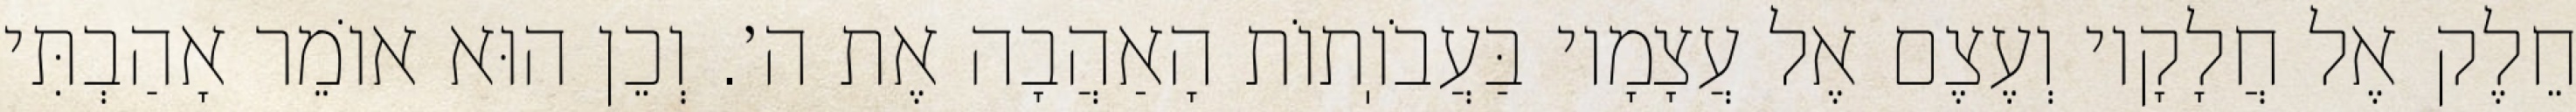
חֵלֶק אֶל חֲלָקָיו וְעֶצֶם אֶל עֲצָמָיו בַּעֲבֹוֽתוֹת הָאַהֲבָה אֶת ה׳. וְכֵן הוּא אוֹמֵר אָהַבְתִּי